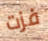
فزت